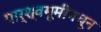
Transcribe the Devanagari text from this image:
पार्श्वभूमीमधून